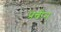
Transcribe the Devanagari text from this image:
प्रबीन